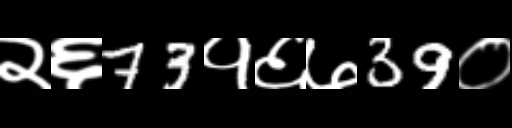
Text: २६73१६७39०